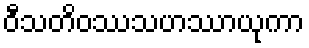
ဝီသတိဝဿသဟဿာယုကာ